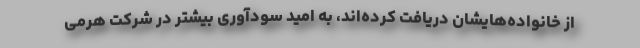
از خانواده‌هایشان دریافت کرده‌اند، به امید سودآوری بیشتر در شرکت هرمی